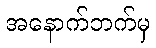
အနောက်ဘက်မှ